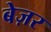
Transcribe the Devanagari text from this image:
बेज़र